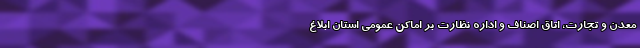
معدن و تجارت، اتاق اصناف و اداره نظارت بر اماکن عمومی استان ابلاغ